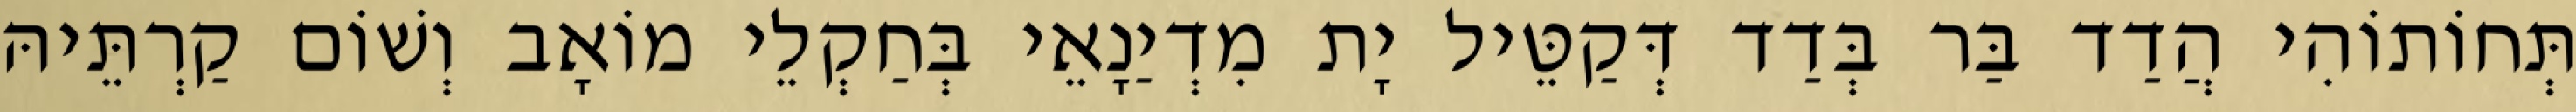
תְּחוֹתוֹהִי הֲדַד בַּר בְּדַד דְּקַטֵּיל יָת מִדְיַנָאֵי בְּחַקְלֵי מוֹאָב וְשׁוֹם קַרְתֵּיהּ